system: You are a helpful assistant.
user:
Analyze the provided spectrum to determine if it is a **"Cataclysmic Variables (CV)"**.

- **Key Indicators for CV (Check for either state):**
    - **State 1: Quiescent / Low-State (Emission-Dominated)**
        - **(Primary):** Strong and *very broad* Hydrogen Balmer emission lines (e.g., $H\alpha$ at 6563 Å, $H\beta$ at 4861 Å). The 'broadness' (high velocity dispersion, often FWHM > 1000 km/s) is the key diagnostic, indicating a high-velocity accretion disk.
        - **(Secondary):** Broad neutral Helium (He I) emission lines (e.g., 5876 Å, 6678 Å).
        - **(Key Confirmation):** Presence of high-excitation *ionized* Helium (He II) emission at 4686 Å. This is a strong indicator of accretion onto a white dwarf.
        - **(Line Profile):** Emission lines may exhibit a 'double-peaked' profile, which is a classic signature of a rotating accretion disk viewed at high inclination.

    - **State 2: Outburst / High-State (Absorption-Dominated)**
        - **(Primary):** Spectrum is dominated by a bright, blue continuum (looks like a hot star).
        - **(Secondary):** The emission lines from State 1 are weak, absent, or 'filled in', and are replaced by broad, shallow *absorption* lines (primarily Balmer and He I).
        - **(Morphology):** The overall spectrum mimics a hot B/A-type star. The crucial difference is that the absorption lines are significantly broader, shallower, and more 'washed-out' (or 'smeared') than the sharp lines of a normal stellar photosphere, due to high rotational speeds and pressure broadening in the disk.

Think first, call **spectral_visualization_tool** if needed to examine features in detail, then provide your final answer. Your response must adhere to the following strict rules:
1.  **Overall Structure:** Your response must follow the format `<think>...</think> <tool_call>...</tool_call> (if a tool is used) <answer>...</answer>`.
2.  **Tool Usage Constraint:** You may only make **one** tool call per turn.
3.  **Final Answer Format:** In the `<answer>` tag, your conclusion must be inside a `\boxed{}` command (e.g., `\boxed{YES}`), followed by your justification.

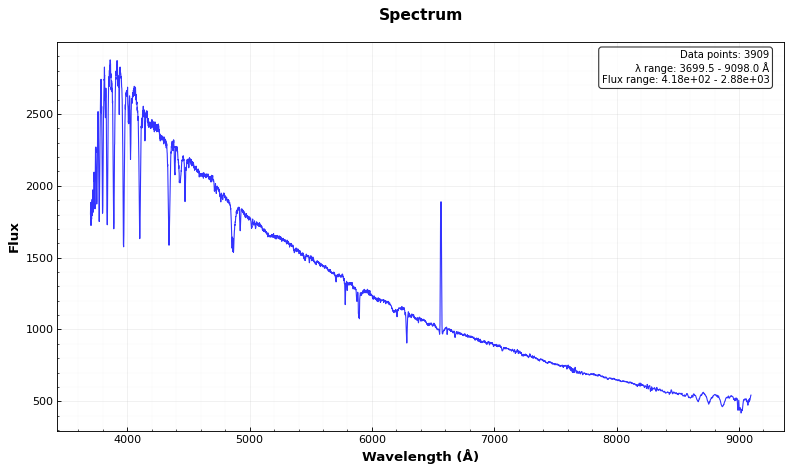
Answer: NO